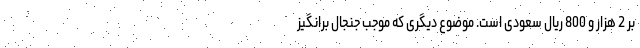
بر 2 هزار و 800 ریال سعودی است. موضوع دیگری که موجب جنجال برانگیز